Annual report of the Punjab Veterinary College and of the Civil Veterinary Department, Punjab - 1894-1908
Year: 1894
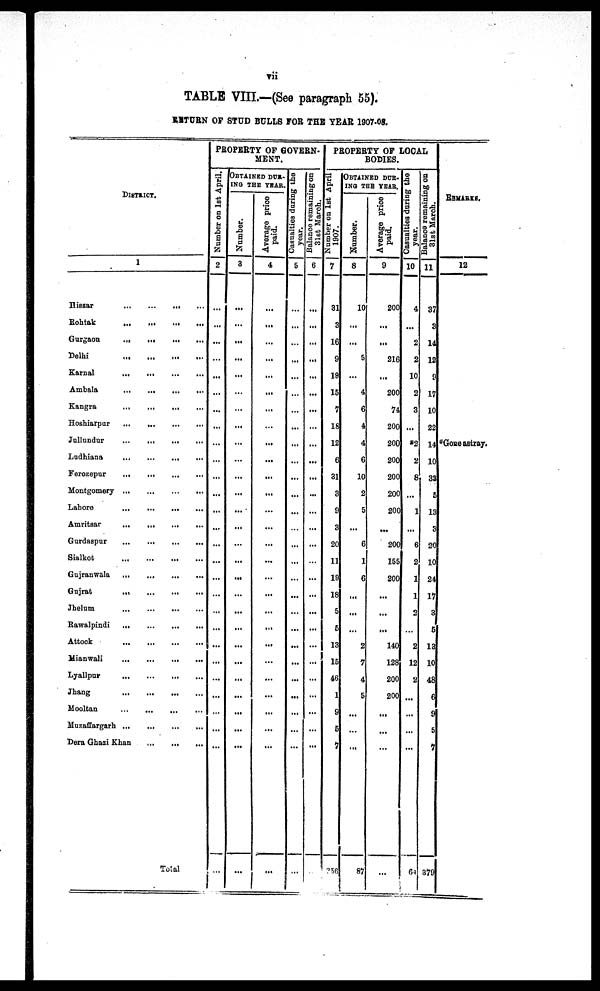
vii
TABLE VIII.—(See paragraph 55).
RETURN OF STUD BULLS FOR THE YEAR 1907.08.
DISTRICT.
1
Hissar
...
...
Rohtak ... ... ... ...
Gurgaon
...
...
...
...
Delhi ... ... ... ...
Karnal
...
...
...
Ambala
...
...
...
...
Kangra ... ... ... ... ...
Hoshiarpur
...
...
...
...
Jullundur
...
...
...
...
Ludhiana
...
...
...
...
Ferozepur ... ... ... ... ...
Montgomery ... ... ... ... ... ...
Lahore ... ... ... ... ...
Amritsar
...
...
...
...
Gurdaspur ... ... ... ... ...
Sialkot
...
...
...
Gujranwala ... ... ... ... ...
Gujrat
...
...
...
...
...
Jhelum
...
...
...
...
...
Rawalpindi ... ... ... ... ...
Attock ... ... ... ... ... ...
Mianwali
...
...
...
...
...
Lyallpur
...
...
...
...
...
Jhang
...
...
...
...
...
Mooltan ... ... ... ... ... ... ...
Muzaffargarh ... ... ... ... ...
Dera Ghazi Khan ... ... ... ... ...
Total
PROPERTY OF GOVERN-
MENT.
Number on 1st April.
2
...
...
...
...
...
...
...
...
...
...
...
...
...
...
...
...
...
...
...
...
...
...
...
...
...
...
...
...
OBTAINED DUR-
ING THE YEAR.
Number.
3
...
...
...
...
...
...
...
...
...
...
...
...
...
...
...
...
...
...
...
...
...
...
...
...
...
...
...
...
Average price
paid.
4
...
...
...
...
...
...
...
...
...
...
...
...
...
...
...
...
...
...
...
...
...
...
...
...
...
...
...
...
Casualties daring the
year.
5
...
...
...
...
...
...
...
...
...
...
...
...
...
...
...
...
...
...
...
...
...
...
...
...
...
...
...
...
Balance remaining on
31st March.
6
...
...
...
...
...
...
...
...
...
...
...
...
...
...
...
...
...
...
...
...
...
...
...
...
...
...
...
...
PROPERTY OF LOCAL
BODIES.
Number on 1st April
1907.
7
31
3
16
9
19
15
7
18
12
6
31
3
9
3
20
11
19
18
5
6
13
15
46
1
9
5
7
256
OBTAINED DUR-
ING THE YEAR.
Number.
8
10
...
...
5
...
4
6
4
4
6
10
2
5
...
6
1
6
...
...
...
2
7
4
5
...
...
...
87
Average price
paid.
9
200
...
...
216
...
200
74
200
200
200
200
200
200
...
200
155
200
...
...
...
140
128
200
200
...
...
...
Casualties during the
year.
10
4
...
2
2
10
2
3
...
*2
2
8
...
1
...
6
2
1
1
2
...
2
12
2
...
...
...
...
64
Balance remaining on
31st March.
11
37
3
14
12
9
17
10
22
14
10
33
5
13
3
20
10
24
17
3
5
13
10
48
6
9
5
7
379
REMARKS.
12
*Gone astray.